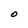
Character: O